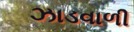
ઝાડવાળી